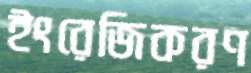
ইংরেজিকরণ